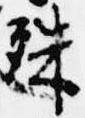
殊